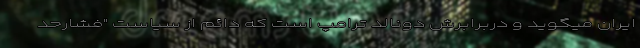
ایران میگوید و دربرابرش دونالد ترامپ است که دائم از سیاست "فشارحد